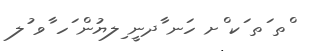
ްތ ަތ ަކ ްށ ހަނ ާދނީ ިލޔުން ަހ ާވ ުލ